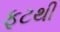
ફૂટથી